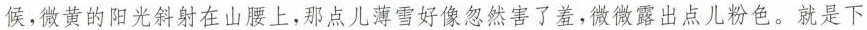
候，微黄的阳光斜射在山腰上，那点儿薄雪好像忽然害了羞，微微露出点儿粉色。就是下